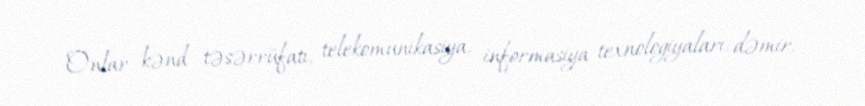
Onlar kənd təsərrüfatı, telekomunikasiya, informasiya texnologiyaları, dəmir,